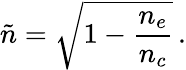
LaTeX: \tilde{n}=\sqrt{1-\frac{n_{e}}{n_{c}}}\, .